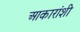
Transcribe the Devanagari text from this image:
आकारांशी